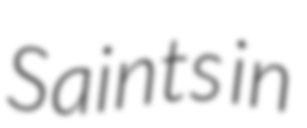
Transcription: Saints in